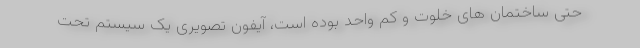
حتی ساختمان های خلوت و کم واحد بوده است، آیفون تصویری یک سیستم تحت